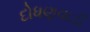
દોધણવાડી